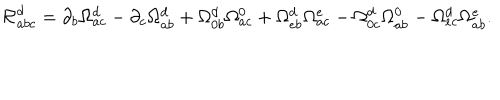
{ \cal R } _ { a b c } ^ { d } = \partial _ { b } \Omega _ { a c } ^ { d } - \partial _ { c } \Omega _ { a b } ^ { d } + \Omega _ { 0 b } ^ { d } \Omega _ { a c } ^ { 0 } + \Omega _ { e b } ^ { d } \Omega _ { a c } ^ { e } - \Omega _ { 0 c } ^ { d } \Omega _ { a b } ^ { 0 } - \Omega _ { e c } ^ { d } \Omega _ { a b } ^ { e } .